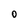
Character: 0